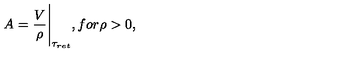
A = \frac { V } { \rho } { \Bigg | } _ { { \tau } _ { r e t } } , f o r \rho > 0 ,